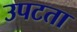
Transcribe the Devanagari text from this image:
उपटता